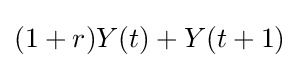
(1+r)Y(t)+Y(t+1)